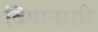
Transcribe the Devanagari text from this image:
विमानाशी